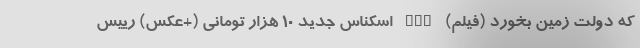
که دولت زمین بخورد (فیلم) nan اسکناس جدید 10 هزار تومانی (+عکس) رییس